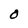
Character: O